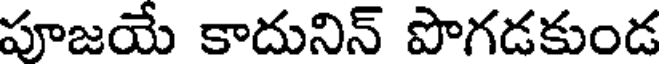
పూజయే కాదునిన్ పొగడకుండ